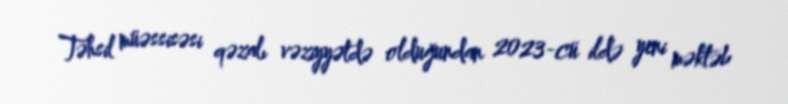
Təhsil müəssisəsi qəzalı vəziyyətdə olduğundan 2023-cü ildə yeni məktəb